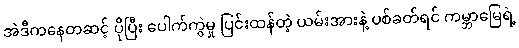
အဲဒီကနေတဆင့် ပိုပြီး ပေါက်ကွဲမှု ပြင်းထန်တဲ့ ယမ်းအားနဲ့ ပစ်ခတ်ရင် ကမ္ဘာမြေရဲ့